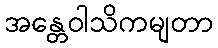
အန္တေဝါသိကမျတာ